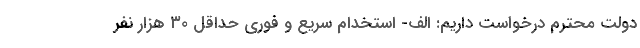
دولت محترم درخواست داریم: الف- استخدام سریع و فوری حداقل ۳۰ هزار نفر